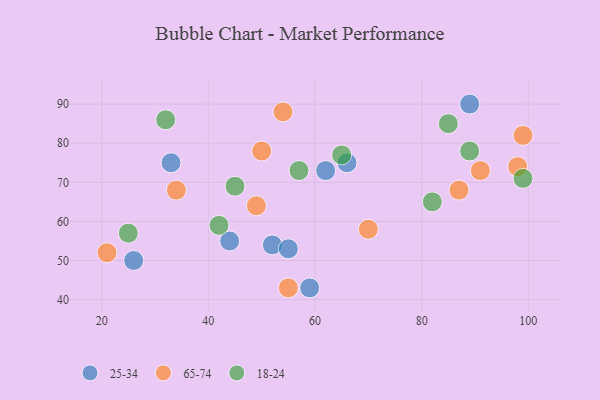
{"axis": {"x": "GDP", "y": "Life Expectancy"}, "legend": ["18-24", "25-34", "65-74"], "data": [{"x": "26", "y": 50, "type": "25-34"}, {"x": "62", "y": 73, "type": "25-34"}, {"x": "89", "y": 90, "type": "25-34"}, {"x": "44", "y": 55, "type": "25-34"}, {"x": "52", "y": 54, "type": "25-34"}, {"x": "33", "y": 75, "type": "25-34"}, {"x": "66", "y": 75, "type": "25-34"}, {"x": "55", "y": 53, "type": "25-34"}, {"x": "59", "y": 43, "type": "25-34"}, {"x": "21", "y": 52, "type": "65-74"}, {"x": "91", "y": 73, "type": "65-74"}, {"x": "87", "y": 68, "type": "65-74"}, {"x": "70", "y": 58, "type": "65-74"}, {"x": "55", "y": 43, "type": "65-74"}, {"x": "50", "y": 78, "type": "65-74"}, {"x": "49", "y": 64, "type": "65-74"}, {"x": "98", "y": 74, "type": "65-74"}, {"x": "34", "y": 68, "type": "65-74"}, {"x": "54", "y": 88, "type": "65-74"}, {"x": "99", "y": 82, "type": "65-74"}, {"x": "85", "y": 85, "type": "18-24"}, {"x": "42", "y": 59, "type": "18-24"}, {"x": "82", "y": 65, "type": "18-24"}, {"x": "65", "y": 77, "type": "18-24"}, {"x": "99", "y": 71, "type": "18-24"}, {"x": "45", "y": 69, "type": "18-24"}, {"x": "57", "y": 73, "type": "18-24"}, {"x": "89", "y": 78, "type": "18-24"}, {"x": "32", "y": 86, "type": "18-24"}, {"x": "25", "y": 57, "type": "18-24"}]}